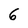
Character: 6